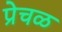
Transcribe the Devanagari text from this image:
प्रेचळ